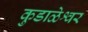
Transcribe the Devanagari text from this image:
कुडाळेश्वर